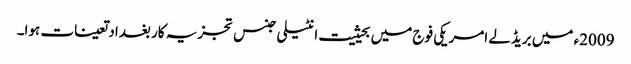
2009ء میں بریڈلے امریکی فوج میں بحیثیت انٹیلی جنس تجزیہ کار بغداد تعینات ہوا۔